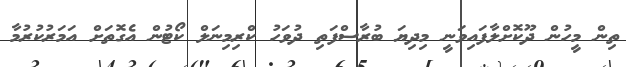
ތިން މީހުން ދޫކޮށްލާފައިވަނީ މިދިޔަ ބުރާސްފަތި ދުވަހު ކްރިމިނަލް ކޯޓުން އެގޮތަށް އަމަރުކުރުމާ